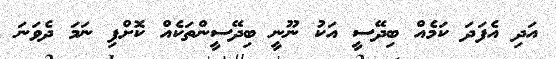
އަދި އެފަދަ ކަމެއް ބިދޭސީ އަކު ނޫނީ ބިދޭސީންތަކެއް ކޮށްފި ނަމަ ދެވަނަ